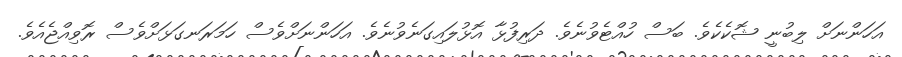
އަހަންނަށް ލިބުނީ ޝޮކެކެވެ. ބަސް ހުއްޓެވުނެވެ. ދަރިފުޅާ އޮޅުލައިގަނެވުނެވެ. އަހަންނަށްވެސް ހަމަރަނގަޅަށްވެސް ރޮވިއްޖެއެވެ.